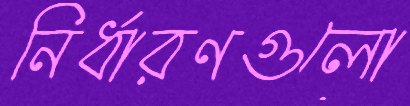
নির্ধারণগুলো